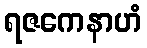
ရဇကေနာဟံ